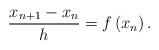
LaTeX: \begin{align*}\frac{x_{n+1}-x_{n}}{h}=f\left( x_{n}\right) . \end{align*}